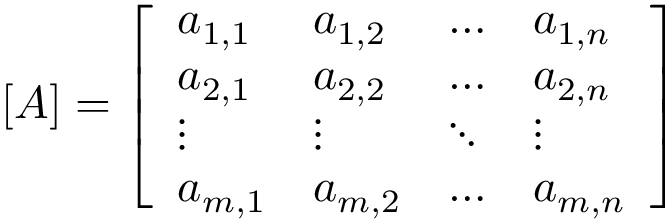
[ A ] = { \left[ \begin{array} { l l l l } { a _ { 1 , 1 } } & { a _ { 1 , 2 } } & { \ldots } & { a _ { 1 , n } } \\ { a _ { 2 , 1 } } & { a _ { 2 , 2 } } & { \ldots } & { a _ { 2 , n } } \\ { \vdots } & { \vdots } & { \ddots } & { \vdots } \\ { a _ { m , 1 } } & { a _ { m , 2 } } & { \ldots } & { a _ { m , n } } \end{array} \right] }